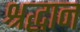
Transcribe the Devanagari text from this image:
श्रद्धान